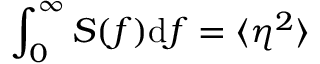
\int _ { 0 } ^ { \infty } S ( f ) \mathrm { d } f = \langle \eta ^ { 2 } \rangle